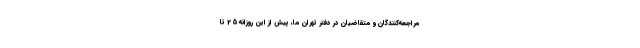
مراجعه‌کنندگان و متقاضیان در دفتر تهران ما، پیش از این روزانه 25 تا